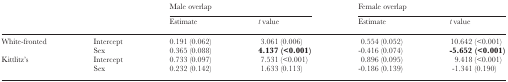
<table><thead><tr><td colspan="2">[EMPTY_CELL]</td><td colspan="2"><b>Male overlap</b></td><td colspan="2"><b>Female overlap</b></td></tr><tr><td colspan="2">[EMPTY_CELL]</td><td><b>Estimate</b></td><td><b><i>t</i> value</b></td><td><b>Estimate</b></td><td><b><i>t</i> value</b></td></tr></thead><tbody><tr><td rowspan="2">White-fronted</td><td>Intercept</td><td>0.191 (0.062)</td><td>3.061 (0.006)</td><td>0.554 (0.052)</td><td>10.642 (&lt;0.001)</td></tr><tr><td>Sex</td><td>0.365 (0.088)</td><td><b>4.137 (&lt;0.001</b>)</td><td>-0.416 (0.074)</td><td><b>-5.652 (&lt;0.001</b>)</td></tr><tr><td rowspan="2">Kittlitz’s</td><td>Intercept</td><td>0.733 (0.097)</td><td>7.531 (&lt;0.001)</td><td>0.896 (0.095)</td><td>9.418 (&lt;0.001)</td></tr><tr><td>Sex</td><td>0.232 (0.142)</td><td>1.633 (0.113)</td><td>-0.186 (0.139)</td><td>-1.341 (0.190)</td></tr></tbody></table>